Jaan_Tonisson_(Lasteleht), lk 534
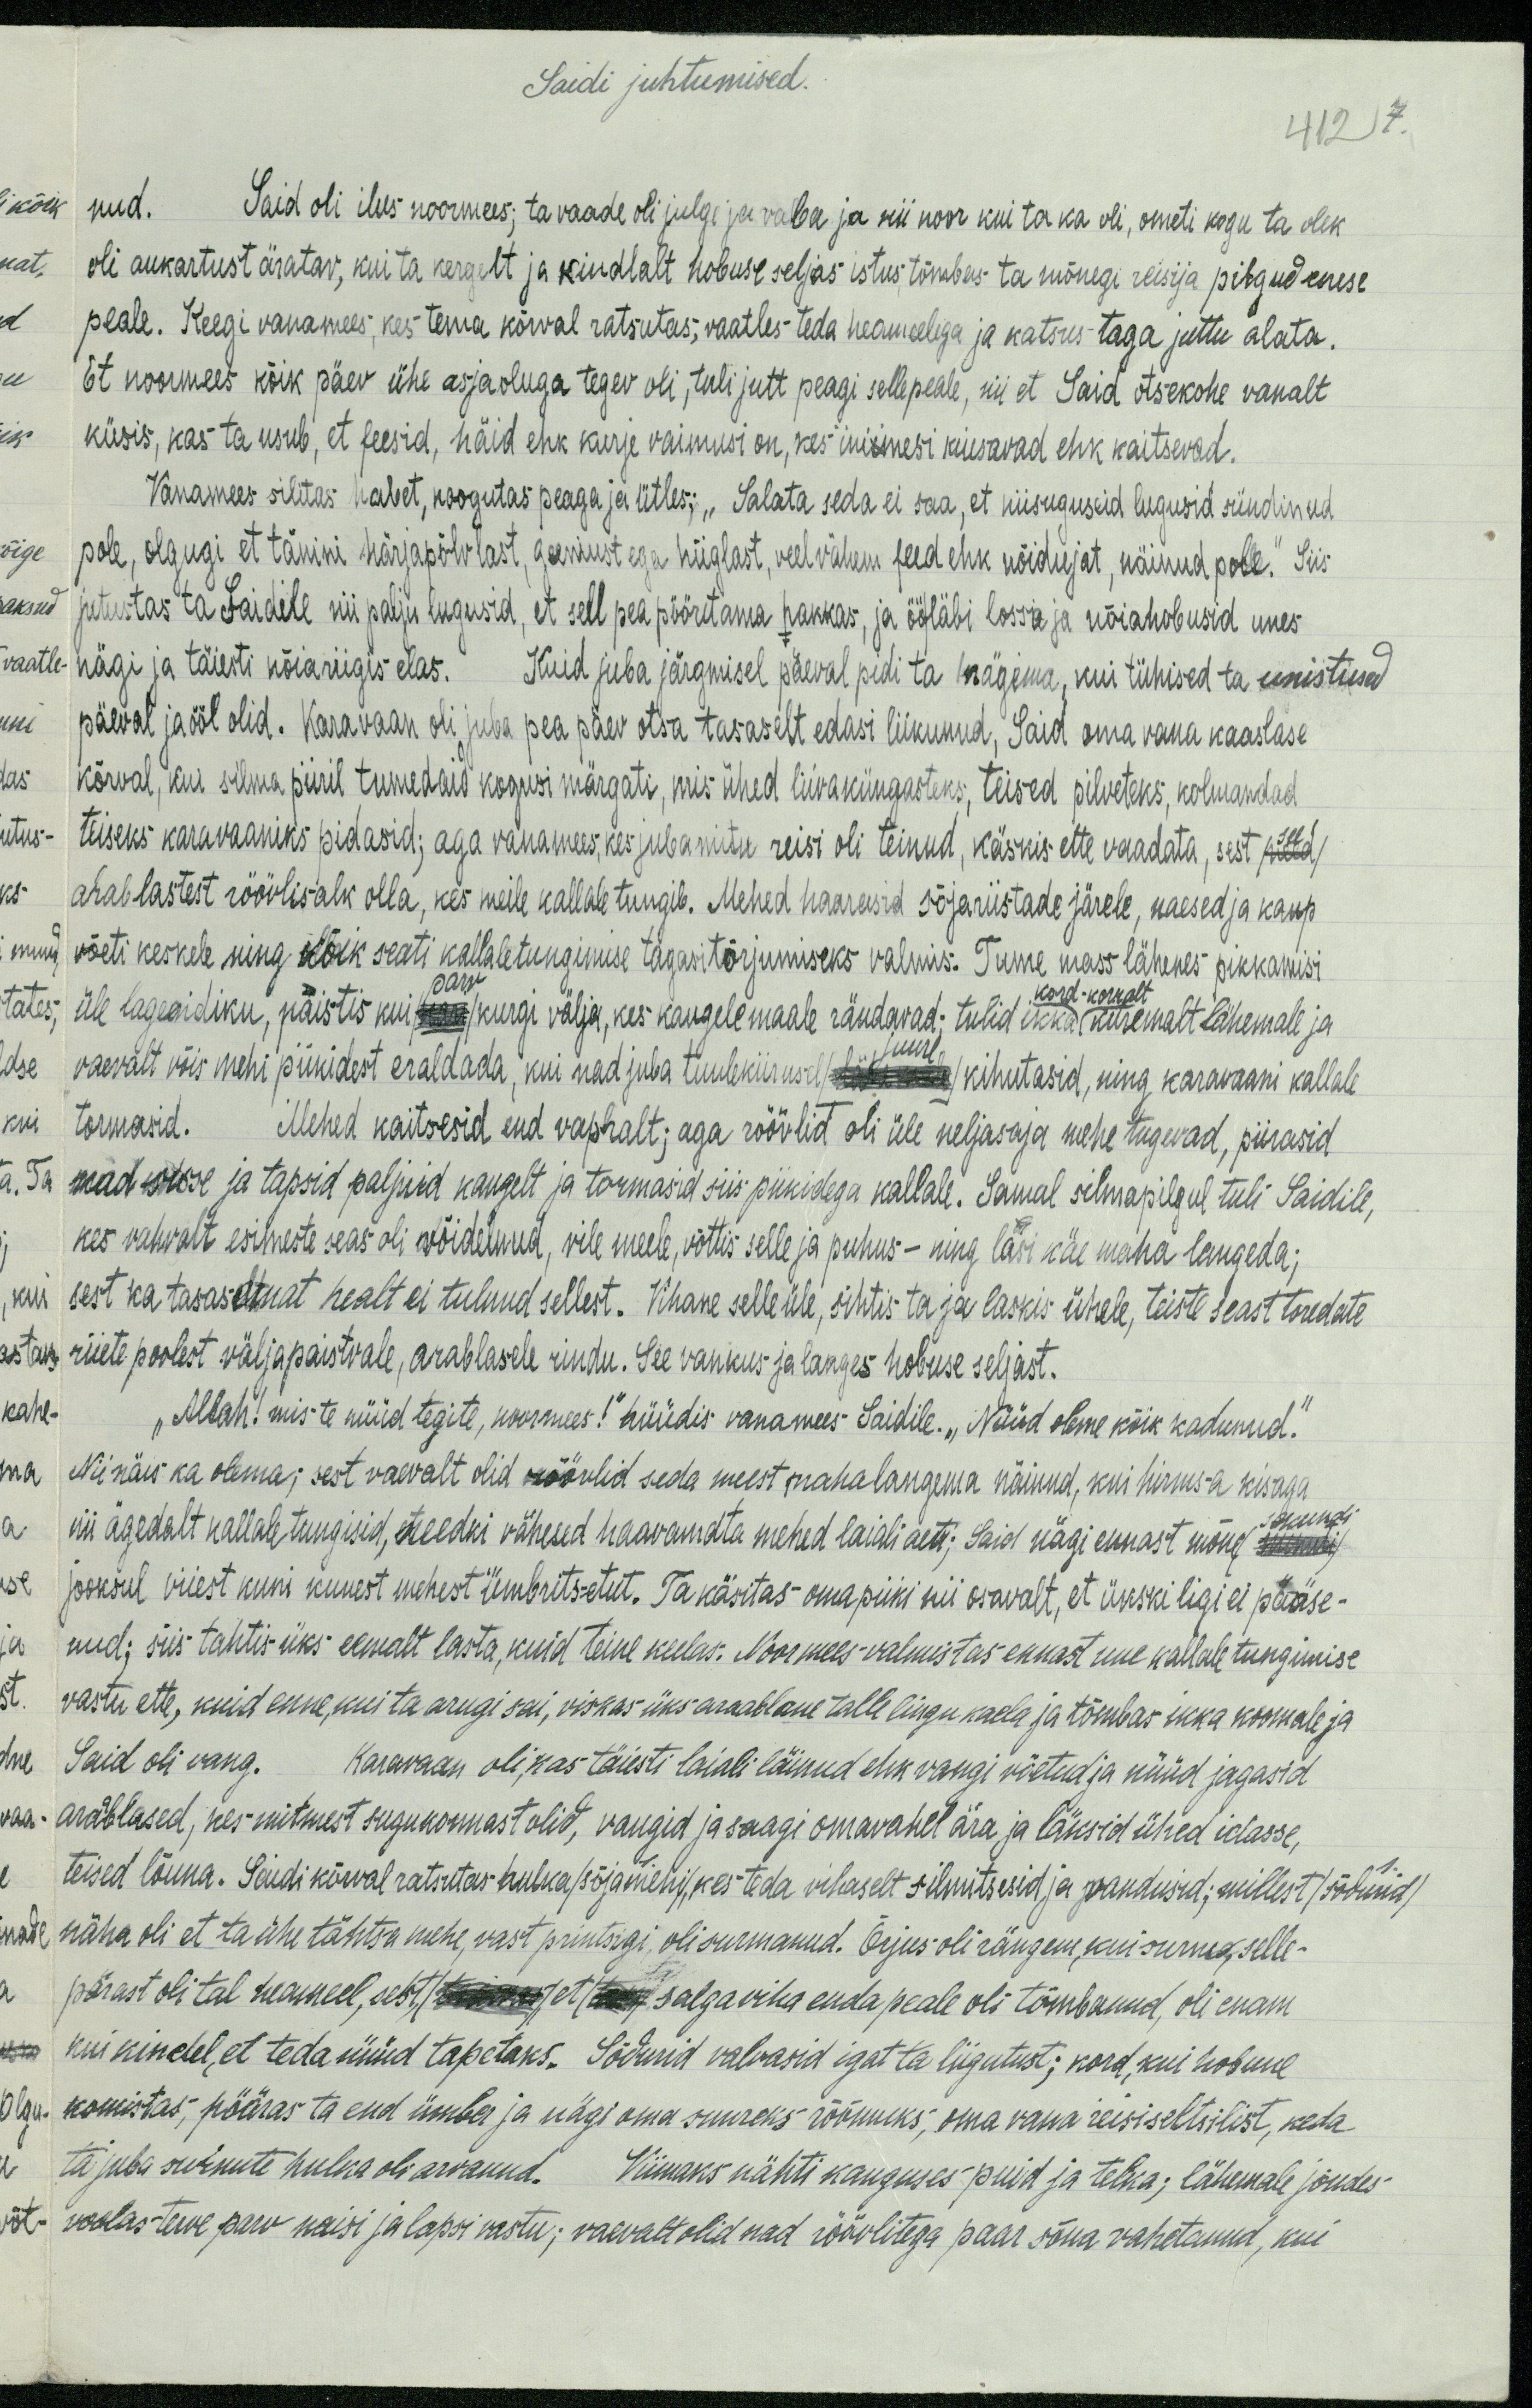
Saidi juhtumised.
412 7.
nud. Said oli ilus noormees; ta vaade oli julge ja vaba ja nii noor kui ta ka oli, ometi kogu ta olek
oli aukartust äratav, kui ta kergelt ja kindlalt hobuse seljas istus tõmbas ta mõnegi reisija pilgud enese
peale. Keegi vanamees, kes tema kõrval ratsutas, vaatles teda heameelega ja katsus taga juttu alata.
Et noormees kõik päev ühe asjaoluga tegev oli, tuli jutt peagi sellepeale, nii et Said otsekohe vanalt
küsis, kas ta usub, et feesid, häid ehk kurje vaimusi on, kes inimesi kiusavad ehk kaitsevad.
Vanamees silitus habet, noogutas peaga ja ütles: "Salata seda ei saa, et niisuguseid lugusid sündinud
pole, olgugi et tänini härjapõlvlast, geeniust ega hiiglast, veel vähem feed ehk nõidujat, näinud pole." Siis
jutustas ta Saidile nii palju lugusid, et sell pea pööritama hakkas, ja öö läbi lossi ja nõiahobusid unes
nägi ja täiesti nõiariigis elas. Kuid juba järgmisel päeval pidi ta nägema, kui tühised ta unistused
päeval ja ööl olid. Karavaan oli juba pea päev otsa tasaselt edasi liikunud. Said oma vana kaaslase
kõrval, kui silma piiril tumedaid kogusi märgati, mis ühed liivaküngasteks, teised pilveteks, kolmandad
teiseks karavaaniks pidasid; aga vanamees, kes juba mitu reisi oli teinud, käskis ette vaadata, sest see
arablastest röövlisalk olla, kes meile kallale tungib. Mehed haarasid sõjariistade järele, naesed ja kaup
võeti keskele ning kõik seati kallaletungimise tagasitõrjumiseks valmis. Tume mass lähenes pikkamisi
üle lagendiku, paistis kui parv kurgi välja, kes kaugele maale rändavad; tulid ikka kiiremalt lähemale ja
kord - korralt.
vaevalt võis mehi piikidest eraldada, kui nad juba tuulekiirusel juure kihutasid, ning karavaani kallale
tormasid. Mehed kaitsesid end vapralt; aga röövlid oli üle neljasaja mehe tugevad, piirasid
nad sisse ja tapsid paljud kaugelt ja tormasid siis piikidega kallale. Samal silmapilgul tuli Saidile,
kes vahvalt esimeste seas oli wõidelnud, vile meele, võttis selle ja puhus - ning lasi käe maha langeda;
sest ka tasasetud healt ei tulnud sellest. Vihane selle üle, sihtis ta ja laskis ühele, teiste seast toredate
riiete poolest väljapaistvale, arablasele rindu. See vankus ja langes hobuse seljast.
"Allah! mis te nüüd tegite, noormees!" hüüdis vanamees Saidile. „Nüüd olime kõik kadunud."
Nii näis ka olema; sest vaevalt olid röövlid seda meest maha langema näinud, kui hirmsa kisaga
nii ägedalt kallale tungisid, needki vähesed haavamata mehed laiali aeti; Said nägi ennast mõne
sekundi
jooksul viiest kuni kuuest mehest ümbritsetut. Ta käsitas oma piiki nii osavalt, et ükski ligi ei pääse-
nud; siis tahtis üks eemalt lasta, kuid teine keelas. Noormees-valmistas ennast uue kallale tungimise
vastu ette, kuid enne, kui ta arugi sai, viskas üks araablane talle lingu kaela ja tõmbas ikka koomale ja
Said oli vang. Karawaan oli, kas täiesti laiali läinud ehk wangi võetud ja nüüd jagasid
araablased, kes mitmest sugukonnast olid, vangid ja saagi omavahel ära ja läksid ühed idasse,
teised lõuna. Seiidikõrval ratsutas hulka /sõjamehi/ kes teda vihaselt silmitsesid ja vandusid; millest, /sõdurid/
näha oli et ta ühe tähtsa mehe, vast printsigi oli surmanud. Orjus oli rängem, kui surm, selle-
pärast oli tal heameel, sest et salga viha enda peale oli tõmbanud, oli enam
kui kindel, et teda nüüd tapetaks. Sõdurid valvasid igat ta liigutust; kord, kui hobune
komistas, pööras ta end ümber ja nägi oma suureks rõõmuks, oma vana reisiseltsilist, keda
ta juba surnute hulka oli arvanud. Viimaks nähti kauguses puid ja telka; lähemale jõudes
voolas terve parv naisi ja lapsi vastu; vaevalt olid nad röövlitega paar sõna vahetanud, kui